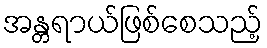
အန္တရာယ်ဖြစ်စေသည့်